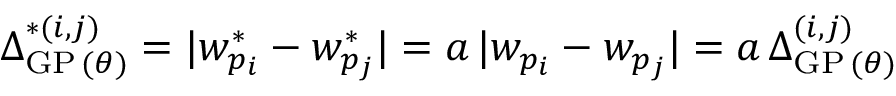
\Delta _ { \mathrm { G P } \, ( \theta ) } ^ { * ( i , j ) } = | w _ { p _ { i } } ^ { * } - w _ { p _ { j } } ^ { * } | = a \, | w _ { p _ { i } } - w _ { p _ { j } } | = a \, \Delta _ { \mathrm { G P } \, ( \theta ) } ^ { ( i , j ) }